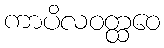
ကာပိလဝတ္ထဝေ